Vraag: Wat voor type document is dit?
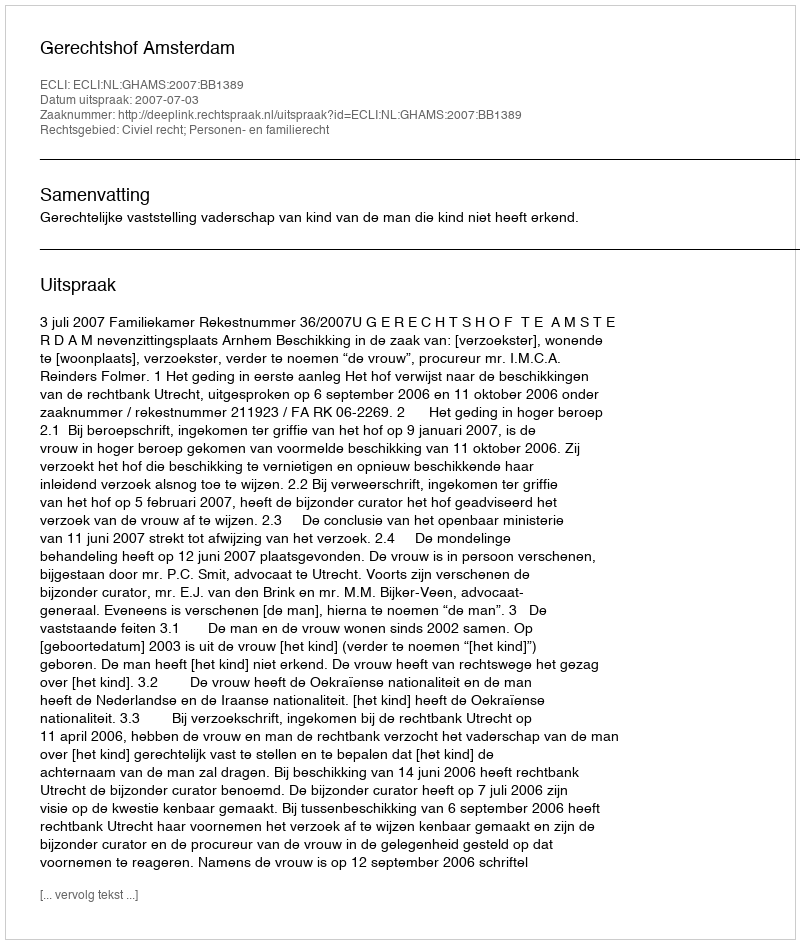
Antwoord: Uitspraak